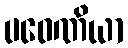
ပဝေဏိယာ